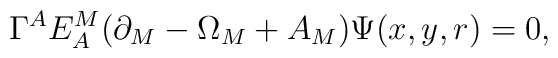
\Gamma^A E_A^M(\partial_M-\Omega_M+A_M)\Psi(x,y,r)=0,